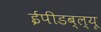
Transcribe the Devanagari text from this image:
ईपीडब्ल्यू